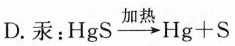
D.汞：$$HgS\xrightarrow[]{加热}Hg+S$$